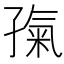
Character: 𡦎